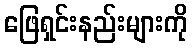
ဖြေရှင်းနည်းများကို